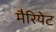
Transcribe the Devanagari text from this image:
मैरियेट